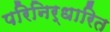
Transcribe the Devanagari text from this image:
परिनिर्धारित